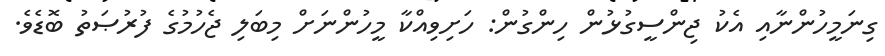
ގިނަމީހުންނާއި އެކު ޖިންސީގުޅުން ހިންގުން: ހަށިވިއްކާ މީހުންނަށް މިބަލި ޖެހުމުގެ ފުރުޞަތު ބޮޑެވެ.